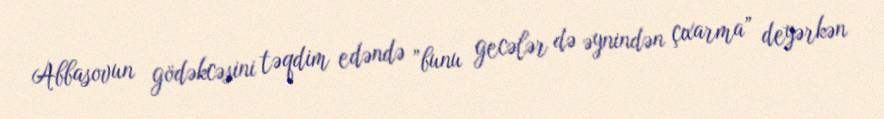
Abbasovun gödəkcəsini təqdim edəndə ”bunu gecələr də əynindən çıxarma” deyərkən